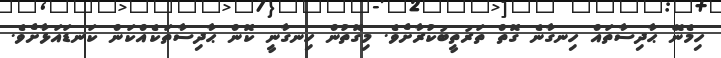
ހިމެނޭ ޙާދިސާތައް ހިނގާނެ ގޮތް ތަރުތީބުކުރާށެވެ. މިގޮތުން ހިނގާނީ ކޮން ޙާދިސާތަކެއްކަން ކަނޑައަޅާށެވެ.